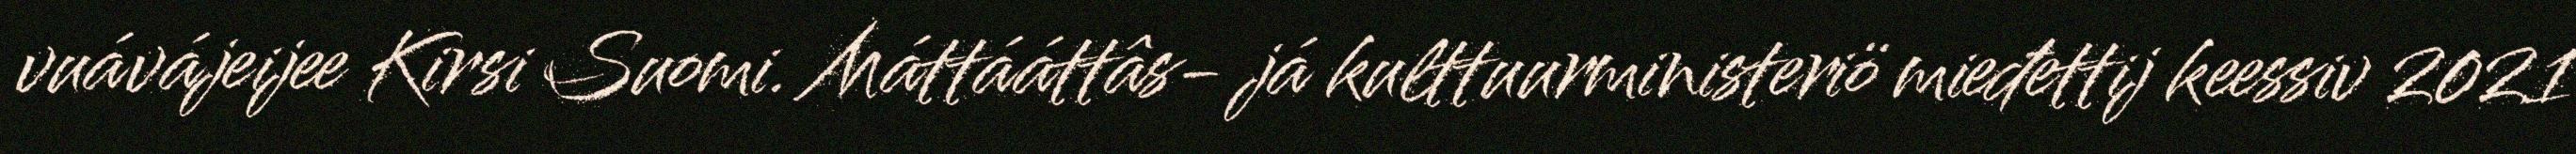
vuávájeijee Kirsi Suomi. Máttááttâs- já kulttuurministeriö mieđettij keessiv 2021